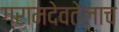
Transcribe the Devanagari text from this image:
ग्रामदेवतेलाच